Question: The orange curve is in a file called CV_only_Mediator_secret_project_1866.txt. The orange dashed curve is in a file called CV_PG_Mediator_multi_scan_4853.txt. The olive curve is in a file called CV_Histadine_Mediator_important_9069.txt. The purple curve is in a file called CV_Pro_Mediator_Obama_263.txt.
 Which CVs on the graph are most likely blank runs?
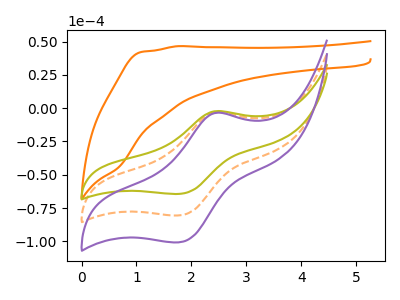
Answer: <think>The orange curve "Mediator + only" has no peaks. The orange dashed curve "Mediator + PG" has an anodic peak at (2.45V, -2.85uA) and a cathodic peak at (1.75V, -80.55uA). The olive curve "Mediator + Histadine" has an anodic peak at (2.45V, -2.30uA) and a cathodic peak at (1.75V, -64.40uA). The purple curve "Mediator + Pro" has an anodic peak at (2.45V, -5.75uA) and a cathodic peak at (1.75V, -161.10uA).</think>
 <answer>"Mediator + only" is likely to be a blank.</answer>
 <eval>Mediator + only</eval>